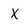
Character: x